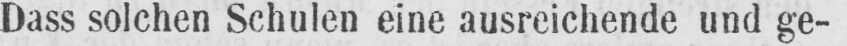
Dass solchen Schulen eine ausreichende und ge-